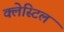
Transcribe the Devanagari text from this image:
क्लेस्टिल